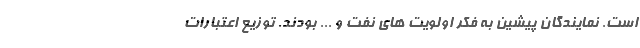
است. نمایندگان پیشین به فکر اولویت های نفت و ... بودند. توزیع اعتبارات